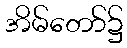
အိမ်တော်၌